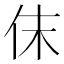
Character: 𠇱